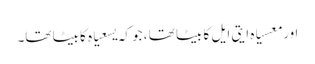
اور معسیاہ ایتی ایل کا بیٹا تھا ، جو کہ یسعیاہ کا بیٹا تھا۔